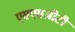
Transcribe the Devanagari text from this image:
एसएसजीटी